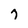
Character: 7